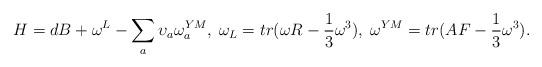
LaTeX: \begin{align*}H=dB + \omega^L - \sum_a {\upsilon}_a \omega_a^{YM},\;\omega_L = tr (\omega R - \frac{1}{3} \omega^3),\;\omega^{YM} = tr(A F - \frac{1}{3}\omega^3).\end{align*}